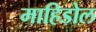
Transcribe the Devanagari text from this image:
माहिडोल